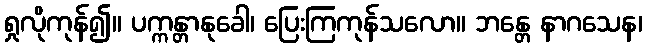
ရှုလိုကုန်၍။ ပက္ကန္တာနုခေါ၊ ပြေးကြကုန်သလော။ ဘန္တေ နာဂသေန၊